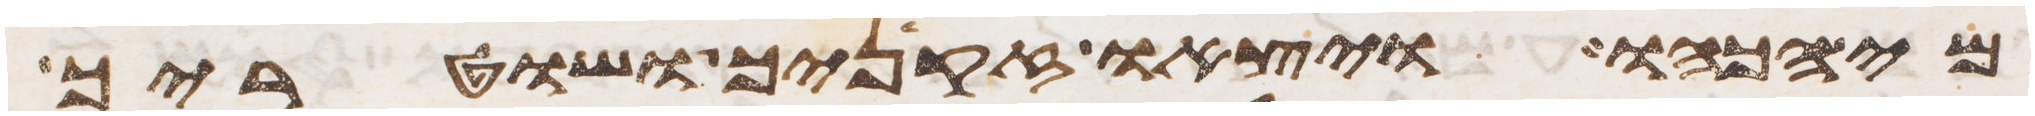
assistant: מי הכהו ויצאו זקניך ושטריך